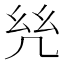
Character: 𢆻